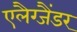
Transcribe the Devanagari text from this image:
एलैग्जैंडर